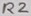
Text: R2